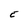
Character: E